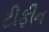
ટીફીન